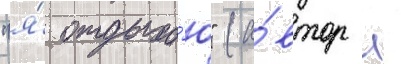
"я́ отдыха́ю" (а́втор л